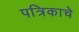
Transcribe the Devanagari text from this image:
पत्रिकाचे